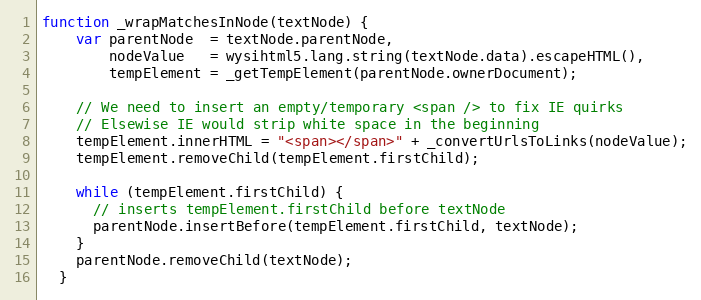
Language: JavaScript
function _wrapMatchesInNode(textNode) {
    var parentNode  = textNode.parentNode,
        nodeValue   = wysihtml5.lang.string(textNode.data).escapeHTML(),
        tempElement = _getTempElement(parentNode.ownerDocument);

    // We need to insert an empty/temporary <span /> to fix IE quirks
    // Elsewise IE would strip white space in the beginning
    tempElement.innerHTML = "<span></span>" + _convertUrlsToLinks(nodeValue);
    tempElement.removeChild(tempElement.firstChild);

    while (tempElement.firstChild) {
      // inserts tempElement.firstChild before textNode
      parentNode.insertBefore(tempElement.firstChild, textNode);
    }
    parentNode.removeChild(textNode);
  }